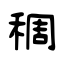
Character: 稠